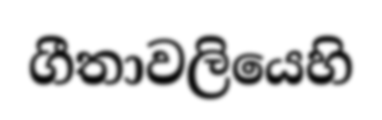
ගීතාවලියෙහි